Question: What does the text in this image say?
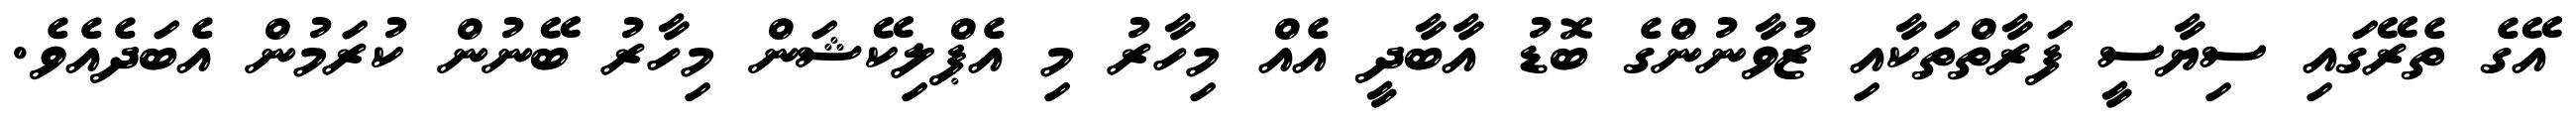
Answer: އޭގެ ތެރޭގައި ސިޔާސީ ފަރާތްތަކާއި ޒުވާނުންގެ ބޮޑު އާބާދީ އެއް މިހާރު މި އެޕްލިކޭޝަން މިހާރު ބޭނުން ކުރަމުން އެބަދެއެވެ.